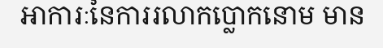
អាការៈនៃការរលាកប្លោកនោម មាន